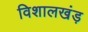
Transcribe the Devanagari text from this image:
विशालखंड़